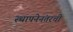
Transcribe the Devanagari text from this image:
स्थापनेनंतरची